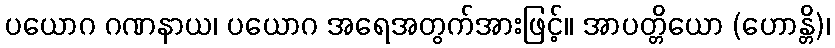
ပယောဂ ဂဏနာယ၊ ပယောဂ အရေအတွက်အားဖြင့်။ အာပတ္တိယော (ဟောန္တိ)၊